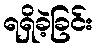
ရရှိခဲ့ခြင်း